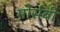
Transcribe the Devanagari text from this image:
मोर्सबी